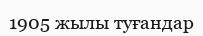
1905 жылы туғандар